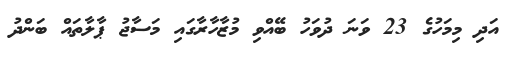
އަދި މިމަހުގެ 23 ވަނަ ދުވަހު ބޭއްވި މުޒާހާރާގައި މަސާޖު ޕާލާތައް ބަންދު